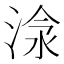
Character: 𣶗